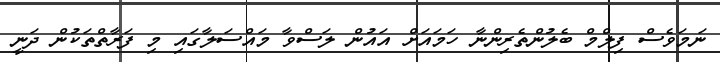
ނަމަވެސް ފިލްމް ބެލުންތެރިންނާ ހަމައަށް އައުން ލަސްވާ މައްސަލާގައި މި ފަރާތްތަކުން ދަނީ